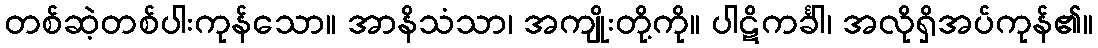
တစ်ဆဲ့တစ်ပါးကုန်သော။ အာနိသံသာ၊ အကျိုးတို့ကို။ ပါဋိကင်္ခါ၊ အလိုရှိအပ်ကုန်၏။